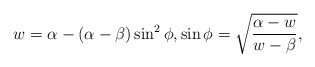
\begin{align*}w=\alpha-(\alpha-\beta)\sin^2\phi, \sin\phi=\sqrt{\frac{\alpha-w}{w-\beta}},\end{align*}